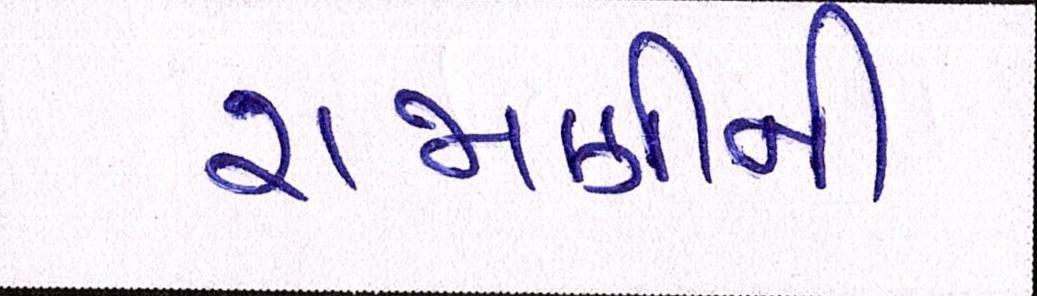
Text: રાજાણીની